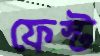
ফেস্ট